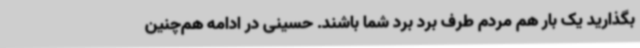
بگذارید یک بار هم مردم طرف برد برد شما باشند. حسینی در ادامه هم‌چنین